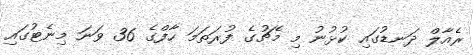
ރެއާލް ދަނޑުގައި ކުޅުނު މި މެޗުގެ ފުރަތަމަ ހާފްގެ 36 ވަނަ މިނެޓުގައި